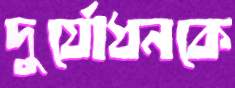
দুর্যোধনকে